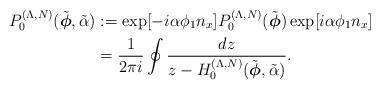
LaTeX: \begin{align*}P_0^{(\Lambda,N)}(\tilde{\boldsymbol{\phi}},\tilde{\alpha})&:=\exp[-i\alpha\phi_1n_x]P_0^{(\Lambda,N)}(\tilde{\boldsymbol{\phi}})\exp[i\alpha\phi_1n_x]\\&=\frac{1}{2\pi i}\oint \frac{dz}{z-H_0^{(\Lambda,N)}(\tilde{\boldsymbol{\phi}},\tilde{\alpha})}. \end{align*}